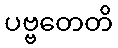
ပဗ္ဗတေတိ